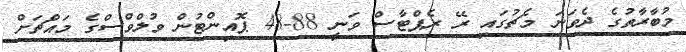
މުބާރާތުގެ ދެވަނަ މެޗުގައި ރޭ ރެޕްޓާސް ވަނީ 88-48 ޕޮއިންޓުން ވުުލްވްސްގެ މައްޗަށް